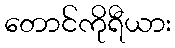
တောင်ကိုရီယား